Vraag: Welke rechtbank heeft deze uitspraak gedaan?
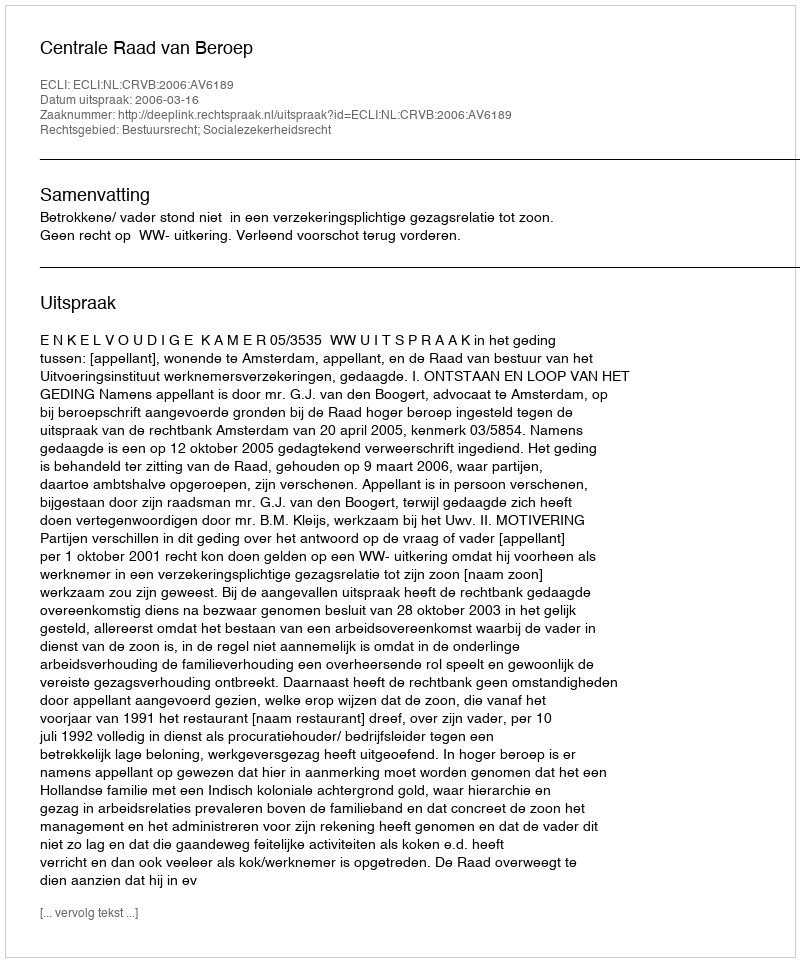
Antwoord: Centrale Raad van Beroep